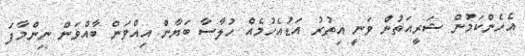
އެހެންކަމުން ޝަރީއަތުން ވަނީ އިތުރު އަޑުއެހުމެއް ހުލާސާ ބަޔާން އިއްވަން ބާއްވަން ނިންމާފަ